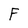
Character: F